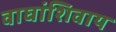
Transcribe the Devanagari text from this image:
वाघांशिवाय